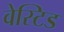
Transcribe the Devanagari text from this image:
वेस्टिड